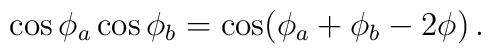
\cos\phi_a\cos\phi_b=\cos(\phi_a+\phi_b-2\phi)\,.